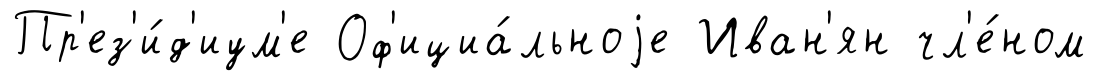
Пр'ез'и́д'иум'е Оф'ициа́льноjе Иван'ян чл'е́ном